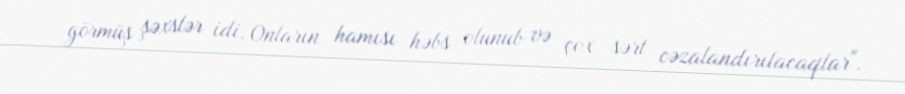
görmüş şəxslər idi. Onların hamısı həbs olunub və çox sərt cəzalandırılacaqlar".